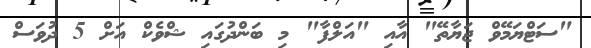
"ސަޓްޔަމޭވް ޖަޔާތޭ" އާއި "އަލްފާ" މި ބަންދުގައި ޝްވެކް އަށް 5 ދުވަސް